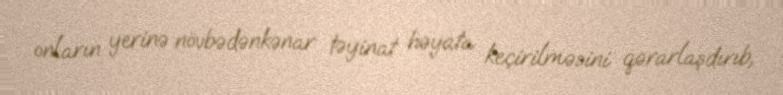
onların yerinə növbədənkənar təyinat həyata keçirilməsini qərarlaşdırıb,